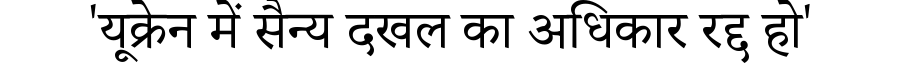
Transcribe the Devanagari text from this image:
'यूक्रेन में सैन्य दखल का अधिकार रद्द हो'